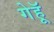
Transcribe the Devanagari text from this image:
गेहॅू